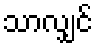
သာလျှင်